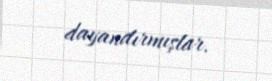
dayandırmışlar.